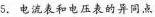
5.电流表和电压表的异同点异同点